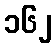
၁၆၂